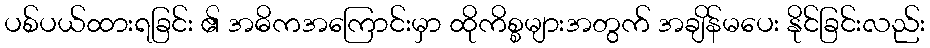
ပစ်ပယ်ထားရခြင်း ၏ အဓိကအကြောင်းမှာ ထိုကိစ္စများအတွက် အချိန်မပေး နိုင်ခြင်းလည်း